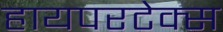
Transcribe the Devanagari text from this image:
हायपरटेक्स